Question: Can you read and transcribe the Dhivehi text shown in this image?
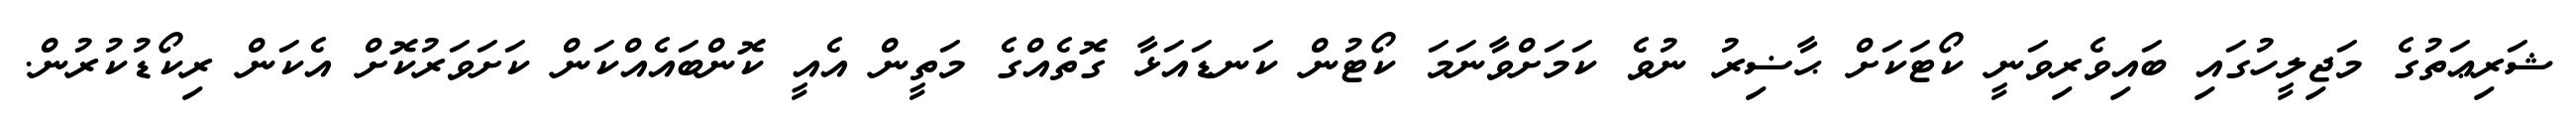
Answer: ޝަރިޢަތުގެ މަޖިލީހުގައި ބައިވެރިވަނީ ކޯޓަކަށް ޙާޟިރު ނުވެ ކަމަށްވާނަމަ ކޯޓުން ކަނޑައަޅާ ގޮތެއްގެ މަތީން އެއީ ކޮންބައެއްކަން ކަށަވަރުކޮށް އެކަން ރިކޯޑުކުރުން.